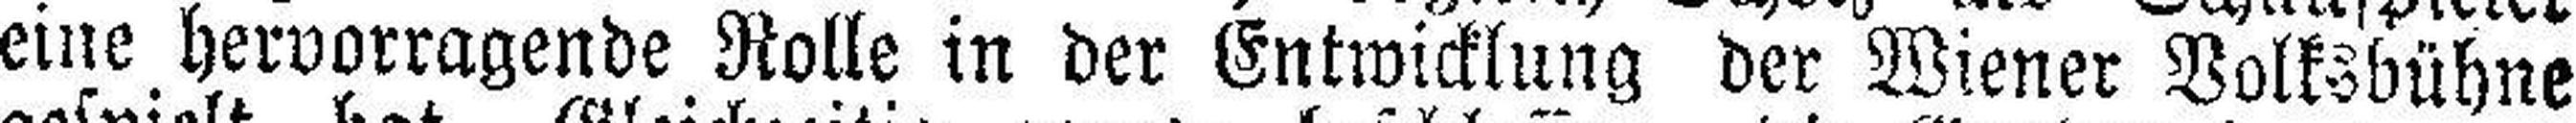
eine hervorragende Rolle in der Entwicklung der Wiener Volksbühne